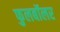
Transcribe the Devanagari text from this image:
फुलबॉलर